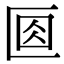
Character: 𠤽